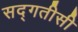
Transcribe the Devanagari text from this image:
सद्गतीसी